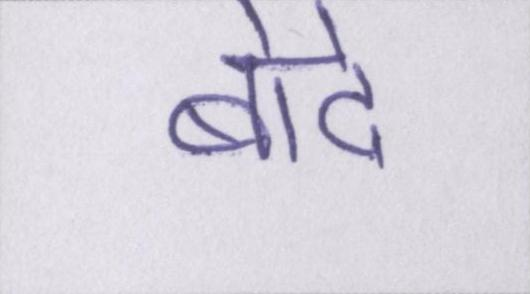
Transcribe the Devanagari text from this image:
बोदे